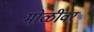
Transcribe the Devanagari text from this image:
मोळीवर